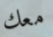
معك